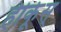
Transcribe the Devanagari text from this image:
हीर्कूस्